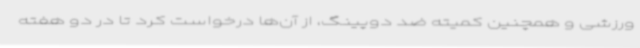
ورزشی و همچنین کمیته ضد دوپینگ، از آن‌ها درخواست کرد تا در دو هفته